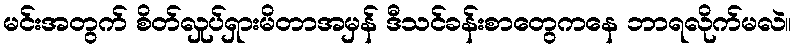
မင်းအတွက် စိတ်လှုပ်ရှားမိတာအမှန် ဒီသင်ခန်းစာတွေကနေ ဘာရလိုက်မလဲ။